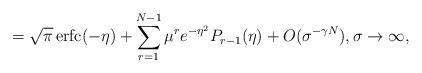
LaTeX: \begin{align*} =\sqrt{\pi}\, \mathrm{erfc}(-\eta) + \sum\limits_{r=1}^{N-1} \mu^r e^{-\eta^2} P_{r-1}(\eta) + O(\sigma^{-\gamma N}), \sigma\to \infty, \end{align*}